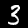
Label: 3